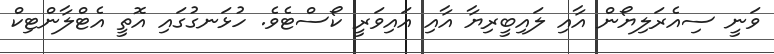
ވަނީ ސިއެރަލިޔޯން އާއި ލައިބީރިޔާ އާއި އައިވަރީ ކޯސްޓެވެ. ހުޅަނގުގައި އޮތީ އެޓްލާންޓިކް